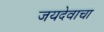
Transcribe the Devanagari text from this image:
जयदेवाचा